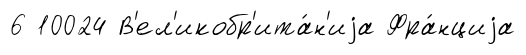
6 10024 В'ел'икобр'ита́н'иjа Фра́нциjа